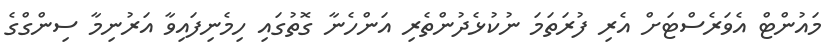
މައުންޓް އެވަރެސްޓަށް އެރި ފުރަތަމަ ނުކުޅެދުންތެރި އަންހެނާ ގޮތުގައި ހިމެނިފައިވާ އަރުނިމާ ސިންގްގެ